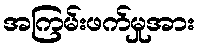
အကြမ်းဖက်မှုအား